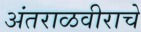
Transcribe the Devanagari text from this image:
अंतराळवीराचे